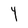
Character: Y